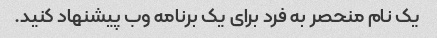
یک نام منحصر به فرد برای یک برنامه وب پیشنهاد کنید.